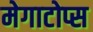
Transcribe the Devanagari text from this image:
मेगाटोप्स